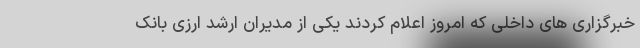
خبرگزاری های داخلی که امروز اعلام کردند یکی از مدیران ارشد ارزی بانک